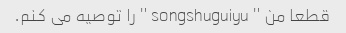
قطعا من " songshuguiyu " را توصیه می کنم.